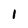
Character: I